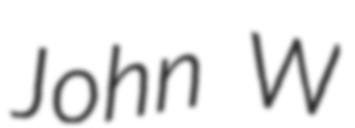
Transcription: John W